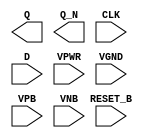
module sky130_fd_sc_lp__dfrbp (
    Q      ,
    Q_N    ,
    CLK    ,
    D      ,
    RESET_B,
    VPWR   ,
    VGND   ,
    VPB    ,
    VNB
);

    output Q      ;
    output Q_N    ;
    input  CLK    ;
    input  D      ;
    input  RESET_B;
    input  VPWR   ;
    input  VGND   ;
    input  VPB    ;
    input  VNB    ;
endmodule